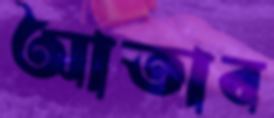
আতাব